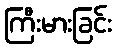
ကြီးမားခြင်း